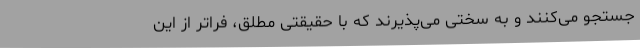
جستجو می‌کنند و به سختی می‌پذیرند که با حقیقتی مطلق، فراتر از این